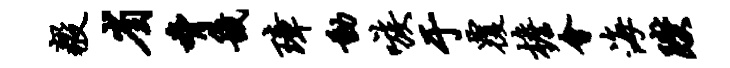
毅省胁畿璋动嗾于覆檐会海躞